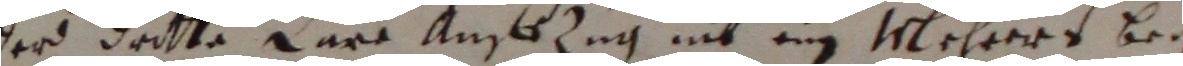
der witte farr ambzug nit ein mehrers bei